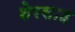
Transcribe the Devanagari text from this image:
शेरसाह